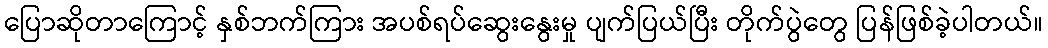
ပြောဆိုတာကြောင့် နှစ်ဘက်ကြား အပစ်ရပ်ဆွေးနွေးမှု ပျက်ပြယ်ပြီး တိုက်ပွဲတွေ ပြန်ဖြစ်ခဲ့ပါတယ်။